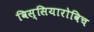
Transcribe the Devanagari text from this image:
विस्सियारोविच